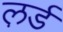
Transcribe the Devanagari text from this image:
ल़र्ड